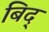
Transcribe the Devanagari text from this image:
बिद्